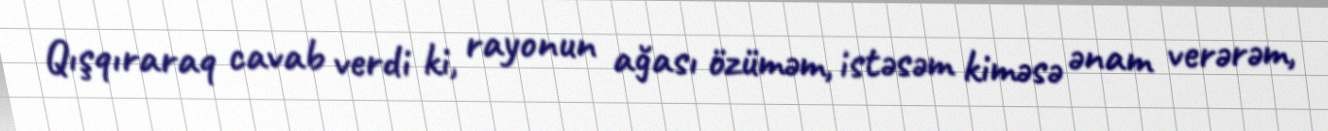
Qışqıraraq cavab verdi ki, rayonun ağası özüməm, istəsəm kiməsə ənam verərəm,